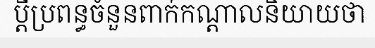
ប្តីប្រពន្ធចំនួនពាក់កណ្តាលនិយាយថា